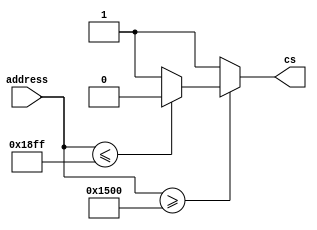
module ADDRDecoding(
	output reg cs,
	input [31:0] address
);
	//Memria interna de 1KWord 3FFh 
	//Comeando em 7 * 300h = 1500h
	//O endereo final de memria : 1500h + 3FFh = 18FFh
	
	reg [31:0] limiteInf, limiteSup;
	
	always @(*) begin
		limiteInf = 32'h1500;
		limiteSup = 32'h18FF;
		
		if(address >= limiteInf) begin
			if(address <= limiteSup) begin
				cs = 0;
			end else
				cs = 1;
		end else 
			cs = 1;	
	end 
	
endmodule